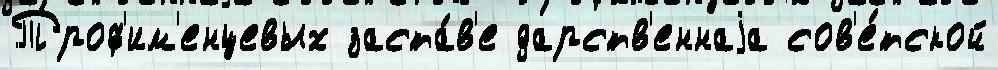
Троф'им'енцевых заста́в'е дарств'еннаjа сов'е́тской